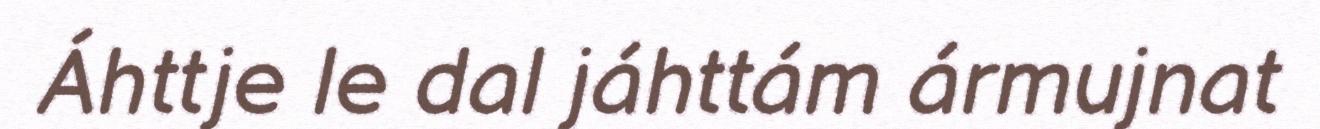
Áhttje le dal jáhttám ármujnat